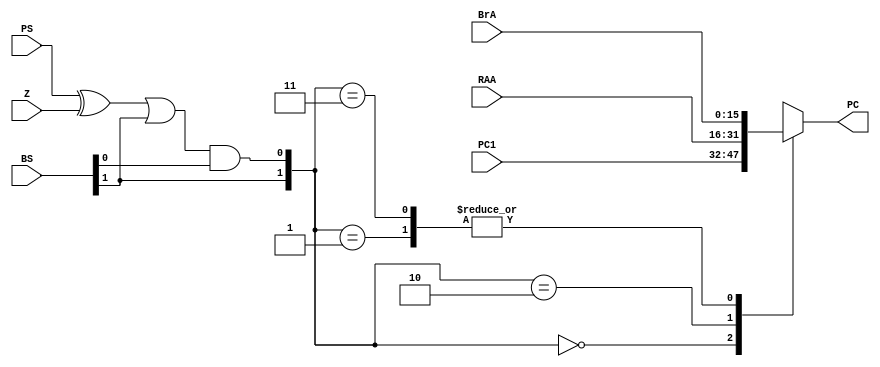
`timescale 1ns / 1ps
//////////////////////////////////////////////////////////////////////////////////
// Company: 
// Engineer: 
// 
// Design Name: 
// Module Name: IF
// Project Name: 
// Target Devices: 
// Tool Versions: 
// Description: 
// Instruction Fetch Phase of figure 10-15
// Dependencies: 
// 
// Revision:
// Revision 0.01 - File Created
// Additional Comments:
// 
//////////////////////////////////////////////////////////////////////////////////


module IF(
    input [1:0] BS,
    input PS,
    input Z,
    input [15:0] BrA,
    input [15:0] RAA,
    input [15:0] PC1,
    output reg [15:0] PC //this is a connectiong wire to pc register
    );
    wire [1:0] sel={BS[1],(((PS^Z)|(BS[1]))&BS[0])};
    //assign PC=(sel==2'b00)?(PC1):
    //          (sel==2'd1||2'd3)?(BrA):
    //          (sel==2'd2)?(RAA):
    //         16'b0;
              always@(*)begin
              case(sel)
              2'b0:begin  
                   PC<=PC1; 
                   end 
              2'b1:begin
                   PC<=BrA;
                   end
              2'd2:begin
                   PC<=RAA;
                   end
              2'd3:begin
                   PC<=BrA;
                   end  
              default:begin 
              PC<=16'b0;
              end
              endcase
              end
endmodule